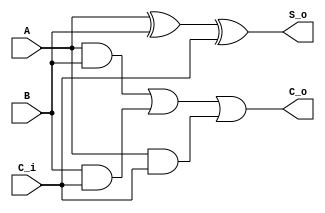
module full_adder (
    input   A,
    input   B,
    input   C_i,
    output  C_o,
    output  S_o
);

    assign  C_o = (A & B) | (B & C_i) | (A & C_i);
    assign  S_o = A ^ B ^ C_i;
	 
endmodule